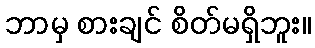
ဘာမှ စားချင် စိတ်မရှိဘူး။